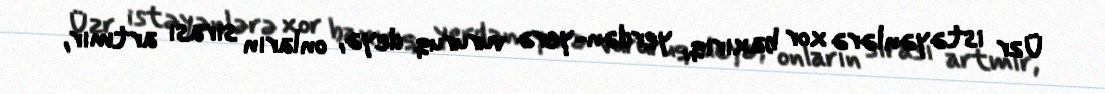
Üzr istəyənlərə xor baxırıq, yerdən-yerə vururuq deyə, onların sırası artmır,